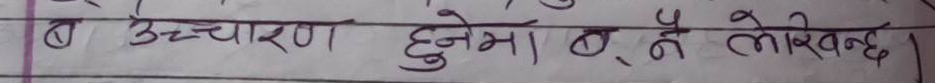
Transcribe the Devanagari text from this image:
ब उच्चारण हुनेमा छ नै लेखिन्छ ।